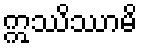
ဣဿိဿာမိ